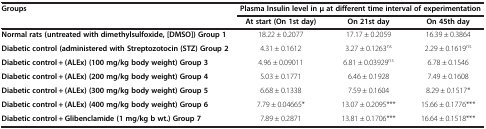
<table><thead><tr><td rowspan="2"><b>Groups</b></td><td colspan="3"><b>Plasma Insulin level in μ at different time interval of experimentation</b></td></tr><tr><td><b>At start (On 1st day)</b></td><td><b>On 21st day</b></td><td><b>On 45th day</b></td></tr></thead><tbody><tr><td><b>Normal rats (untreated with dimethylsulfoxide, [DMSO]) Group 1</b></td><td>18.22 ± 0.2077</td><td>17.17 ± 0.2059</td><td>16.39 ± 0.3864</td></tr><tr><td><b>Diabetic control (administered with Streptozotocin (STZ) Group 2</b></td><td>4.31 ± 0.1612</td><td>3.27 ± 0.1263<sup>ns</sup></td><td>2.29 ± 0.1619<sup>ns</sup></td></tr><tr><td><b>Diabetic control + (ALEx) (100 mg/kg body weight) Group 3</b></td><td>4.96 ± 0.09011</td><td>6.81 ± 0.03929<sup>ns</sup></td><td>6.78 ± 0.1546</td></tr><tr><td><b>Diabetic control + (ALEx) (200 mg/kg body weight) Group 4</b></td><td>5.03 ± 0.1771</td><td>6.46 ± 0.1928</td><td>7.49 ± 0.1608</td></tr><tr><td><b>Diabetic control + (ALEx) (300 mg/kg body weight) Group 5</b></td><td>6.68 ± 0.1338</td><td>7.59 ± 0.1604</td><td>8.29 ± 0.1517*</td></tr><tr><td><b>Diabetic control + (ALEx) (400 mg/kg body weight) Group 6</b></td><td>7.79 ± 0.04665*</td><td>13.07 ± 0.2095***</td><td>15.66 ± 0.1776***</td></tr><tr><td><b>Diabetic control + Glibenclamide (1 mg/kg b wt.) Group 7</b></td><td>7.89 ± 0.2871</td><td>13.81 ± 0.1706***</td><td>16.64 ± 0.1518***</td></tr></tbody></table>